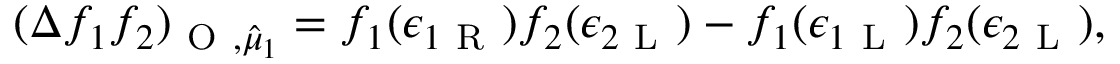
( \Delta f _ { 1 } f _ { 2 } ) _ { \mathrm { ~ O ~ } , \hat { \mu } _ { 1 } } = f _ { 1 } ( \epsilon _ { 1 \mathrm { ~ R ~ } } ) f _ { 2 } ( \epsilon _ { 2 \mathrm { ~ L ~ } } ) - f _ { 1 } ( \epsilon _ { 1 \mathrm { ~ L ~ } } ) f _ { 2 } ( \epsilon _ { 2 \mathrm { ~ L ~ } } ) ,